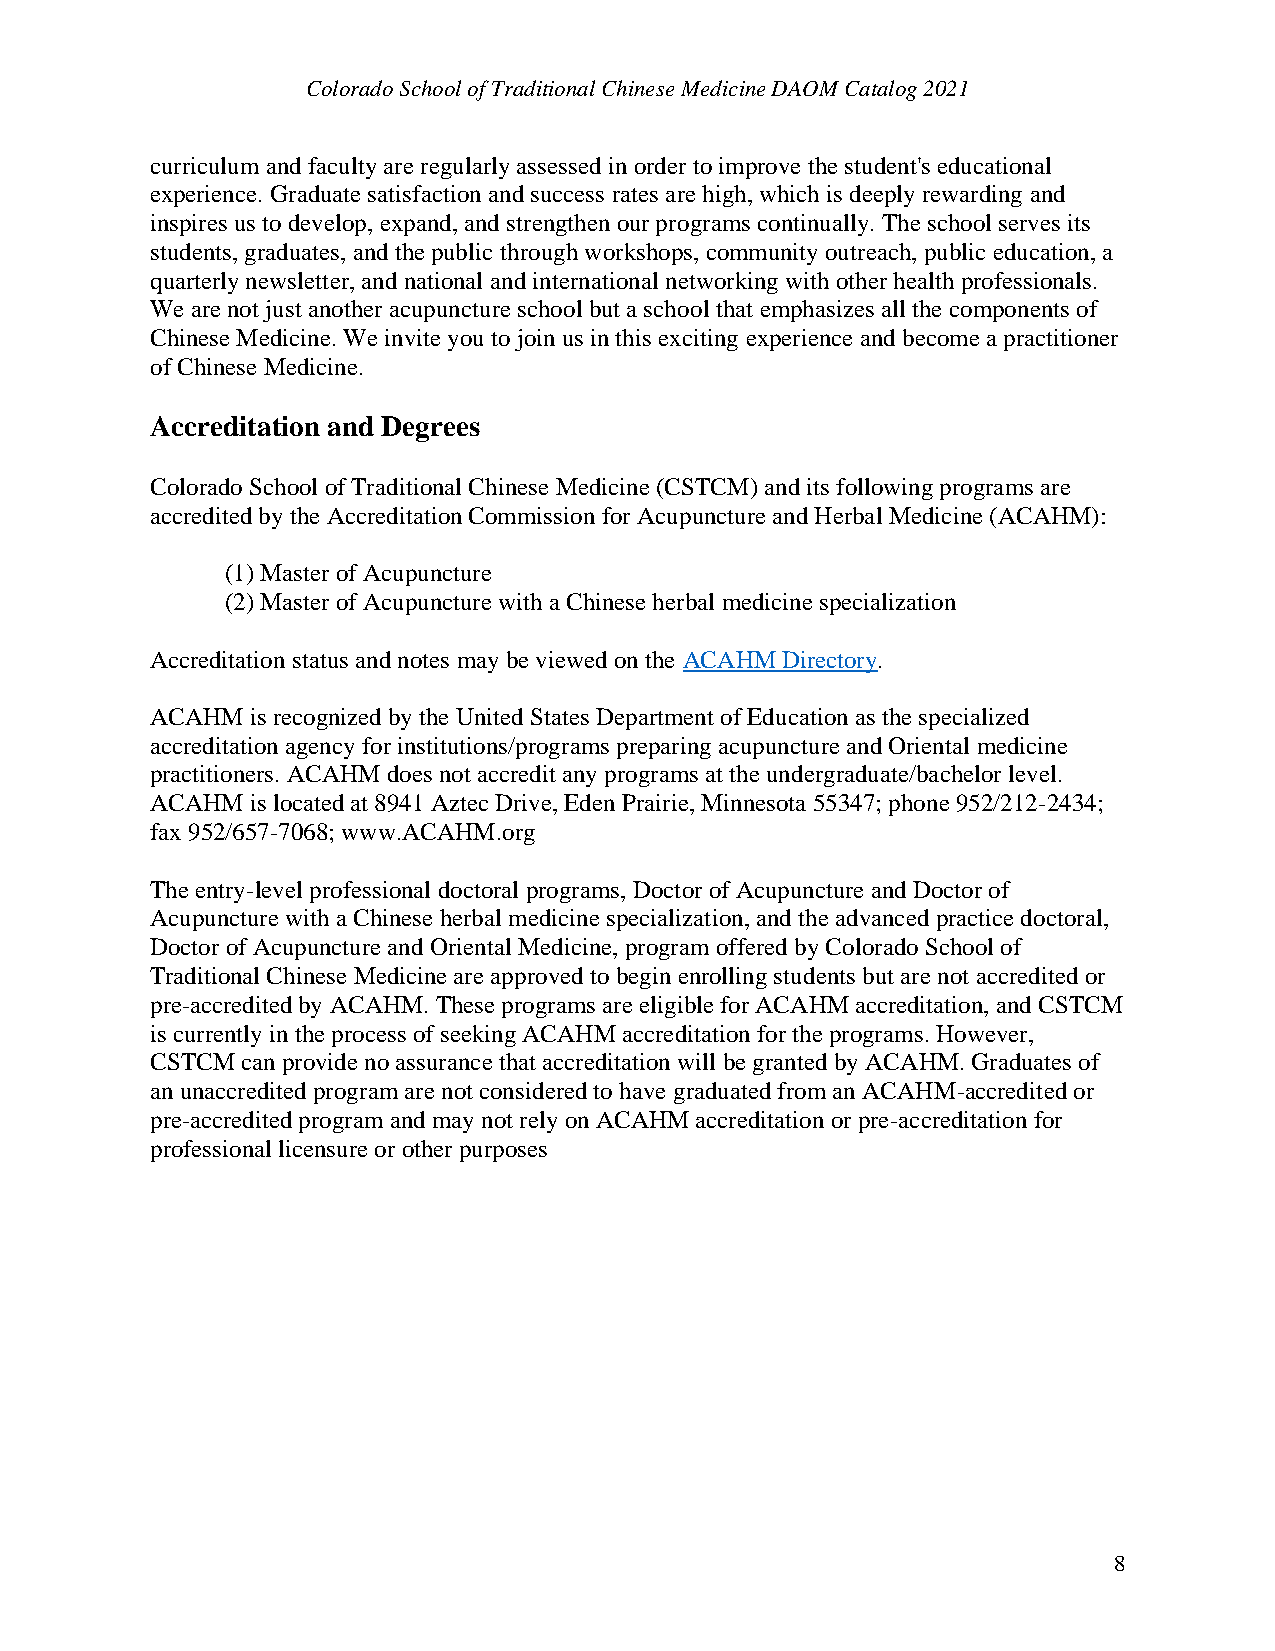
Colorado School of Traditional Chinese Medicine DAOM Catalog 2021
 curriculum and faculty are regularly assessed in order to improve the student's educational
 experience. Graduate satisfaction and success rates are high, which is deeply rewarding and
 inspires us to develop, expand, and strengthen our programs continually. The school serves its
 students, graduates, and the public through workshops, community outreach, public education, a
 quarterly newsletter, and national and international networking with other health professionals.
 We are not just another acupuncture school but a school that emphasizes all the components of
 Chinese Medicine. We invite you to join us in this exciting experience and become a practitioner
 of Chinese Medicine.
 Accreditation and Degrees
 Colorado School of Traditional Chinese Medicine (CSTCM) and its following programs are
 accredited by the Accreditation Commission for Acupuncture and Herbal Medicine (ACAHM):
 (1) Master of Acupuncture
 (2) Master of Acupuncture with a Chinese herbal medicine specialization
 Accreditation status and notes may be viewed on the ACAHM Directory.
 ACAHM  is recognized by the United States Department of Education as the specialized
 accreditation agency for institutions/programs preparing acupuncture and Oriental medicine
 practitioners. ACAHM does not accredit any programs at the undergraduate/bachelor level.
 ACAHM  is located at 8941 Aztec Drive, Eden Prairie, Minnesota 55347; phone 952/212-2434;
 fax 952/657-7068; www.ACAHM.org
 The entry-level professional doctoral programs, Doctor of Acupuncture and Doctor of
 Acupuncture with a Chinese herbal medicine specialization, and the advanced practice doctoral,
 Doctor of Acupuncture and Oriental Medicine, program offered by Colorado School of
 Traditional Chinese Medicine are approved to begin enrolling students but are not accredited or
 pre-accredited by ACAHM. These programs are eligible for ACAHM accreditation, and CSTCM
 is currently in the process of seeking ACAHM accreditation for the programs. However,
 CSTCM can provide no assurance that accreditation will be granted by ACAHM. Graduates of
 an unaccredited program are not considered to have graduated from an ACAHM-accredited or
 pre-accredited program and may not rely on ACAHM accreditation or pre-accreditation for
 professional licensure or other purposes
 8